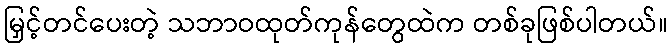
မြှင့်တင်ပေးတဲ့ သဘာဝထုတ်ကုန်တွေထဲက တစ်ခုဖြစ်ပါတယ်။